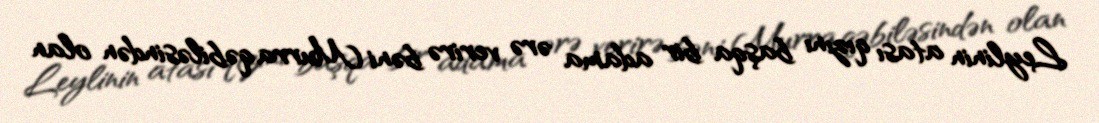
Leylinin atası qızını başqa bir adama ərə verirə bəni Murra qəbiləsindən olan